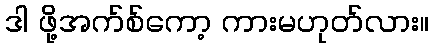
ဒါ ဖို့အက်စ်ကော့ ကားမဟုတ်လား။